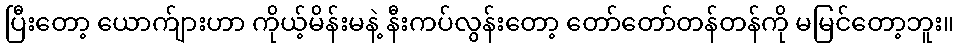
ပြီးတော့ ယောက်ျားဟာ ကိုယ့်မိန်းမနဲ့ နီးကပ်လွန်းတော့ တော်တော်တန်တန်ကို မမြင်တော့ဘူး။